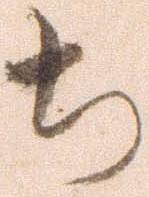
ち